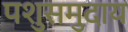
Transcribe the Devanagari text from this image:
पशुसमुदाय